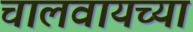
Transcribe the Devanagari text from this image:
चालवायच्या